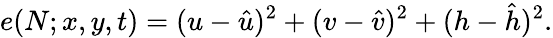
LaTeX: e(N;x,y,t)=(u-\hat{u})^{2}+(v-\hat{v})^{2}+(h-\hat{h})^{2}.